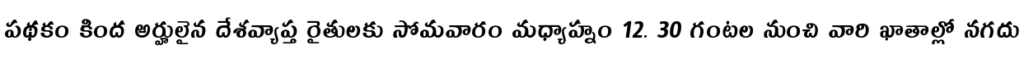
పథకం కింద అర్హులైన దేశవ్యాప్త రైతులకు సోమవారం మధ్యాహ్నం 12. 30 గంటల నుంచి వారి ఖాతాల్లో నగదు